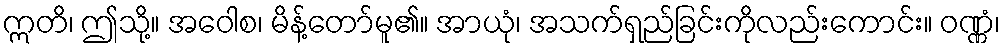
ဣတိ၊ ဤသို့။ အဝေါစ၊ မိန့်တော်မူ၏။ အာယုံ၊ အသက်ရှည်ခြင်းကိုလည်းကောင်း။ ဝဏ္ဏံ၊